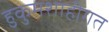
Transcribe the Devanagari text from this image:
हुकुमशाहीगत